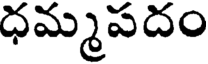
ధమ్మపదం